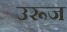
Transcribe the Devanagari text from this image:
उरूज